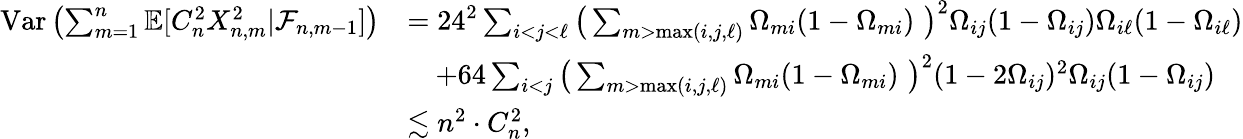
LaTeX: \begin{array}{rl}{\mathrm{Var}\left(\sum_{m=1}^{n}\mathbb{E}[C_{n}^{2}X_{n,m}^{2}|\mathcal{F}_{n,m-1}]\right)}&{=24^{2}\sum_{i<j<\ell}\big(\sum_{m>\operatorname*{max}(i,j,\ell)}\Omega_{mi}(1-\Omega_{mi})\, \, \big)^{2}\Omega_{ij}(1-\Omega_{ij})\Omega_{i\ell}(1-\Omega_{i\ell})}\\ &{\quad+64\sum_{i<j}\big(\sum_{m>\operatorname*{max}(i,j,\ell)}\Omega_{mi}(1-\Omega_{mi})\, \, \big)^{2}(1-2\Omega_{ij})^{2}\Omega_{ij}(1-\Omega_{ij})}\\ &{\lesssim n^{2}\cdot C_{n}^{2},}\end{array}